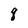
Character: q